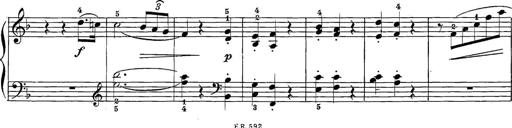
Title: 12 Sonatine per Pianoforte
Composer: Friedrich Kuhlau